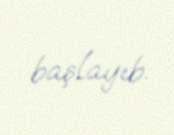
başlayıb.